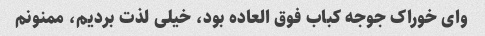
وای خوراک جوجه کباب فوق العاده بود، خیلی لذت بردیم، ممنونم